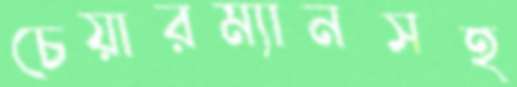
চেয়ারম্যানসহ